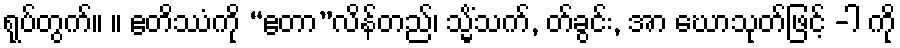
ရုပ်တွက်။ ။ ဧတိဿံကို “ဧတာ”လိန်တည်၊ သ္မိံသက်, တ်ခွင်း, အာ ဃောသုတ်ဖြင့် -ါ ကို